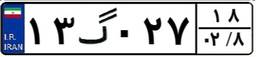
۲۱گ۲۰۴۹۹